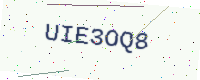
Text: UIE3OQ8